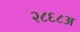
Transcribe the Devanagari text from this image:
२८६८अ